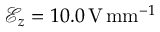
\mathcal { E } _ { z } = 1 0 . 0 \, \mathrm { V } \, \mathrm { m m } ^ { - 1 }